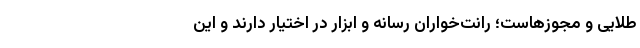
طلایی و مجوزهاست؛ رانت‌خواران رسانه و ابزار در اختیار دارند و این